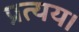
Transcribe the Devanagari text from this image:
प्रत्यय।